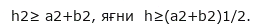
h2≥ a2+b2, яғни  h≥(a2+b2)1/2.